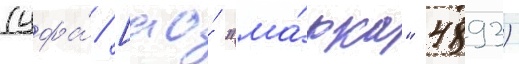
(цфа́ [ао́ "ма́рка" 4893)